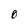
Character: O